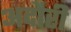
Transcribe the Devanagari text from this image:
अदौरी